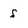
Character: f